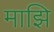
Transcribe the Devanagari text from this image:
माझि